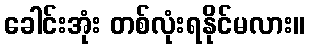
ခေါင်းအုံး တစ်လုံးရနိုင်မလား။